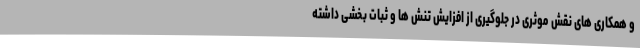
و همکاری های نقش موثری در جلوگیری از افزایش تنش ها و ثبات بخشی داشته